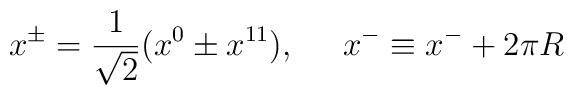
x^\pm = \frac{1}{ \sqrt{2}}  (x^0 \pm x^{11}), \;\;\;\;\;x^-\equiv x^- + 2 \pi R